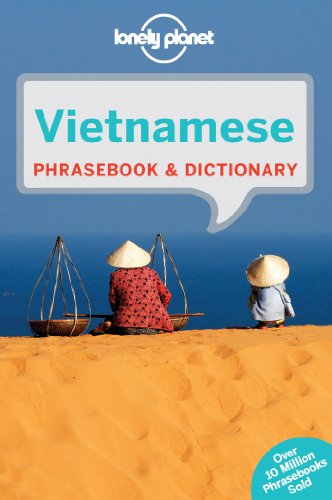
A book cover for Lonely Planet Vietnamese Phrasebook & Dictionary; Lonely Planet; Travel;